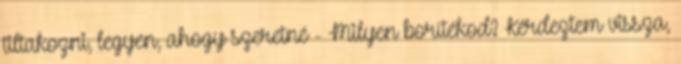
tiltakozni, legyen, ahogy szeretné - Milyen borítékod? Kérdeztem vissza,